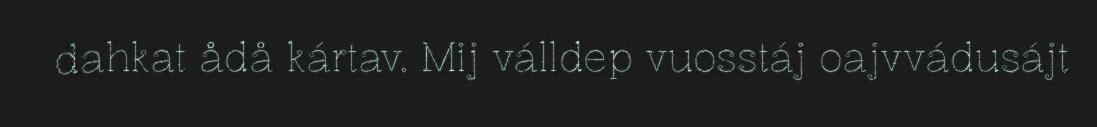
dahkat ådå kártav. Mij válldep vuosstáj oajvvádusájt